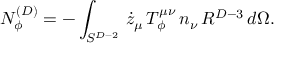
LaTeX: N _ { \phi } ^ { ( D ) } = - \int _ { S ^ { D - 2 } } \, \dot { z } _ { \mu } \, T _ { \phi } ^ { \mu \nu } \, n _ { \nu } \, R ^ { D - 3 } \, d \Omega .